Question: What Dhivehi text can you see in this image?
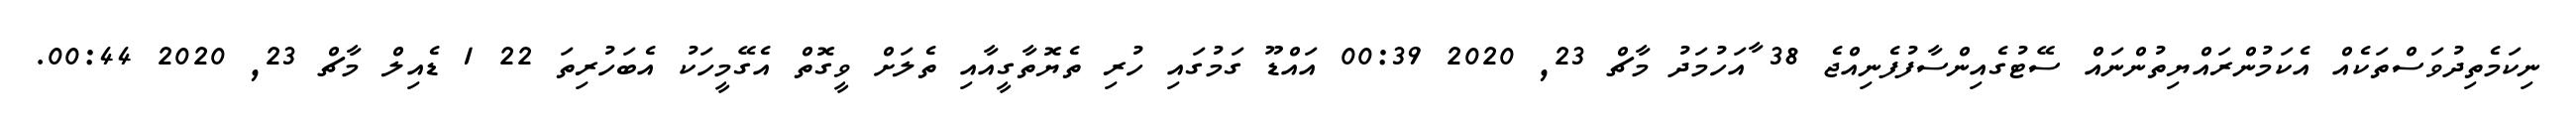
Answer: ނިކަމެތިދުވަސްތަކެއް އެކަމުންރައްޔިތުންނައް ސޭޓުގެއިންސާފުފެނިއްޖެ 38 ާއަހުމަދު މާޗް 23, 2020 00:39 އައްޑޫ ގަމުގައި ހުރި ތެޔޮތާގީއާއި ތެލަށް ވީގޮތް އެގޭމީހަކު އެބަހުރިތަ 22 1 ޑެއިލް މާޗް 23, 2020 00:44.